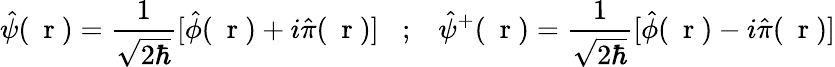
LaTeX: \hat{\psi}(\mathrm{~\mathbf~r~})=\frac{1}{\sqrt{2\hbar}}[\hat{\phi}(\mathrm{~\mathbf~r~})+i\hat{\pi}(\mathrm{~\mathbf~r~})]\; \; \; ;\; \; \; \hat{\psi}^{+}(\mathrm{~\mathbf~r~})=\frac{1}{\sqrt{2\hbar}}[\hat{\phi}(\mathrm{~\mathbf~r~})-i\hat{\pi}(\mathrm{~\mathbf~r~})]